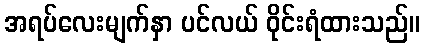
အရပ်လေးမျက်နှာ ပင်လယ် ဝိုင်းရံထားသည်။